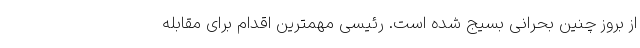
از بروز چنین بحرانی بسیج شده است. رئیسی مهمترین اقدام برای مقابله